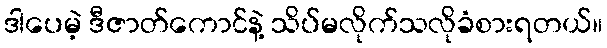
ဒါပေမဲ့ ဒီဇာတ်ကောင်နဲ့ သိပ်မလိုက်သလိုခံစားရတယ်။